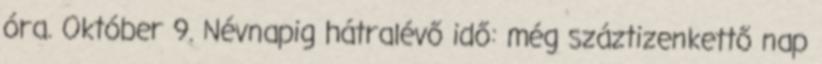
óra. Október 9. Névnapig hátralévő idő: még száztizenkettő nap